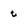
Character: t